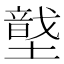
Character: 𡑠